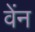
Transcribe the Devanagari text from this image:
वेंन